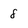
Character: 8